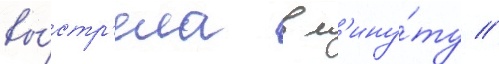
вы́стр'ела в м'ину́ту //